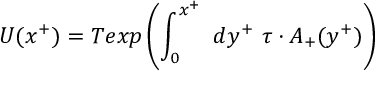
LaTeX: U ( x ^ { + } ) = T e x p \left( \int _ { 0 } ^ { x ^ { + } } ~ d y ^ { + } ~ \tau \cdot A _ { + } ( y ^ { + } ) \right)